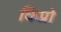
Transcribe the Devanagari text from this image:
किप्रो